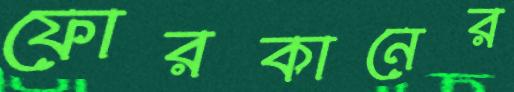
ফোরকানের